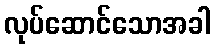
လုပ်ဆောင်သောအခါ